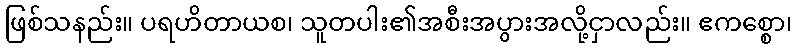
ဖြစ်သနည်း။ ပရဟိတာယစ၊ သူတပါး၏အစီးအပွားအလို့ငှာလည်း။ ဧကစ္စော၊